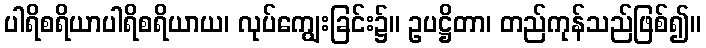
ပါရိစရိယာပါရိစရိယာယ၊ လုပ်ကျွေးခြင်း၌။ ဥပဋ္ဌိတာ၊ တည်ကုန်သည်ဖြစ်၍။